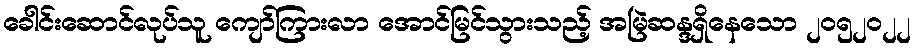
ခေါင်းဆောင်လုပ်သူ ကျော်ကြားလာ အောင်မြင်သွားသည့် အမြဲဆန္ဒရှိနေသော ၂၀၅၂၀၂၂